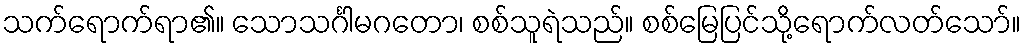
သက်ရောက်ရာ၏။ သောသင်္ဂါမဂတော၊ စစ်သူရဲသည်။ စစ်မြေပြင်သို့ရောက်လတ်သော်။